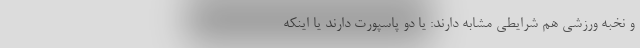
و نخبه ورزشی هم شرایطی مشابه دارند: یا دو پاسپورت دارند یا اینکه